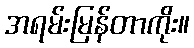
အရမ်းမြန်တာကိုး။